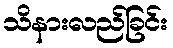
သိနားလည်ခြင်း